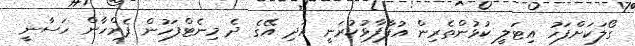
ގޯލަކަށްފަހު އިޓަލީ ކުޅުންތެރިން އުފާފާޅުކުރަނީ އަދި އޭގެ ދެ މިނެޓްފަހުން ފެރްހާން ހަސާނީ